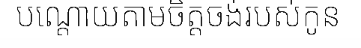
បណ្តោយតាមចិត្តចង់របស់កូន